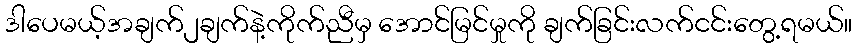
ဒါပေမယ့်အချက်၂ချက်နဲ့ကိုက်ညီမှ အောင်မြင်မှုကို ချက်ခြင်းလက်ငင်းတွေ့ရမယ်။